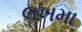
લખમા